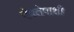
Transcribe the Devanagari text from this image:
देवतेपाशी